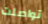
تواصلت